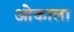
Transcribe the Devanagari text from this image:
ओकाला